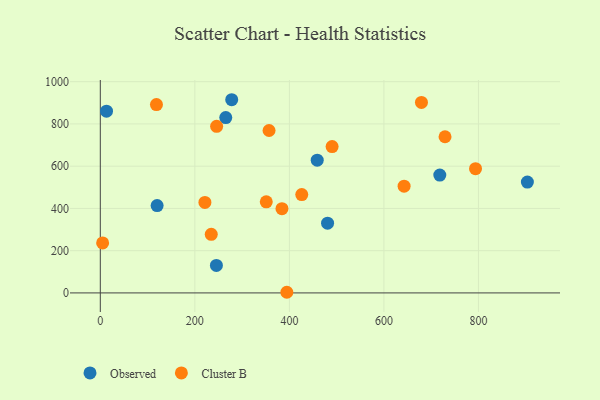
{"axis": {"x": "Experience", "y": "Salary"}, "legend": ["Cluster B", "Observed"], "data": [{"x": "718.2", "y": 558.0, "type": "Observed"}, {"x": "265.4", "y": 829.8, "type": "Observed"}, {"x": "120.2", "y": 413.6, "type": "Observed"}, {"x": "245.6", "y": 130.0, "type": "Observed"}, {"x": "458.9", "y": 628.3, "type": "Observed"}, {"x": "480.8", "y": 330.2, "type": "Observed"}, {"x": "13.1", "y": 860.3, "type": "Observed"}, {"x": "278.0", "y": 914.5, "type": "Observed"}, {"x": "903.5", "y": 524.9, "type": "Observed"}, {"x": "246.1", "y": 788.8, "type": "Cluster B"}, {"x": "642.7", "y": 505.3, "type": "Cluster B"}, {"x": "384.3", "y": 398.8, "type": "Cluster B"}, {"x": "679.4", "y": 901.9, "type": "Cluster B"}, {"x": "729.3", "y": 739.3, "type": "Cluster B"}, {"x": "394.6", "y": 3.0, "type": "Cluster B"}, {"x": "351.1", "y": 431.3, "type": "Cluster B"}, {"x": "357.0", "y": 768.7, "type": "Cluster B"}, {"x": "221.3", "y": 428.2, "type": "Cluster B"}, {"x": "118.8", "y": 891.6, "type": "Cluster B"}, {"x": "426.2", "y": 465.5, "type": "Cluster B"}, {"x": "490.4", "y": 692.9, "type": "Cluster B"}, {"x": "793.8", "y": 588.2, "type": "Cluster B"}, {"x": "234.7", "y": 277.2, "type": "Cluster B"}, {"x": "4.9", "y": 236.5, "type": "Cluster B"}]}